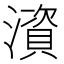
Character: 澬